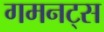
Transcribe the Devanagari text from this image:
गमनट्स